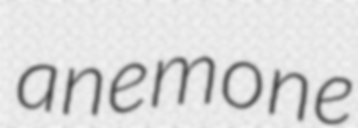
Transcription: anemone